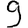
Digit: 9